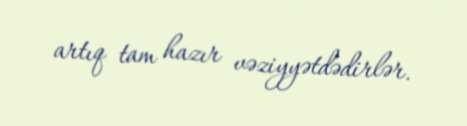
artıq tam hazır vəziyyətdədirlər.